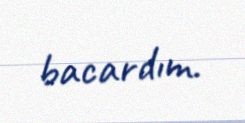
bacardım.